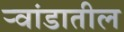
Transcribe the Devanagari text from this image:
र्‍वांडातील